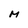
Character: M